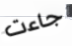
جاءت